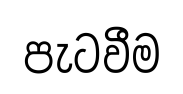
පැටවීම